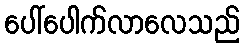
ပေါ်ပေါက်လာလေသည်